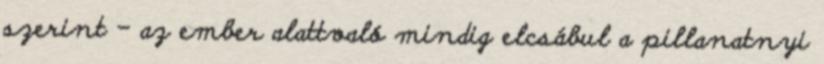
szerint – az ember alattvaló mindig elcsábul a pillanatnyi